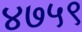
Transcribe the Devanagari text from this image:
४७५९